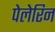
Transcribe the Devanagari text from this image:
पेलेरिन